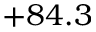
+ 8 4 . 3